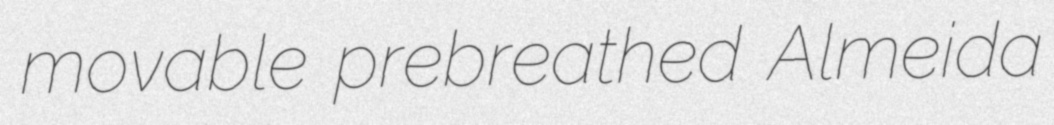
movable prebreathed Almeida